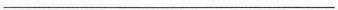
___